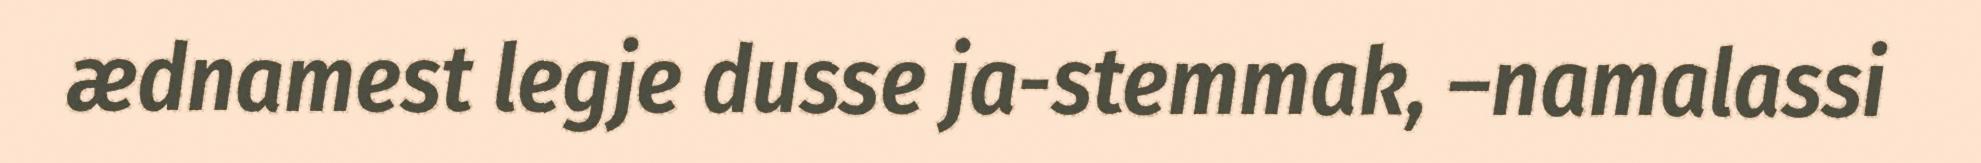
ædnamest legje dusse ja-stemmak, –namalassi